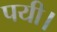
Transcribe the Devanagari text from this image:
पयी।